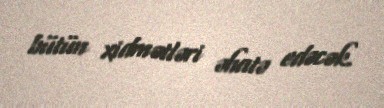
bütün xidmətləri əhatə edəcək.